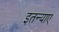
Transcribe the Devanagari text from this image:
इतन्याए